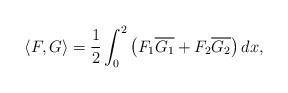
LaTeX: \begin{align*}\langle F, G\rangle = \frac{1}{2}\int_0^2 \big(F_1\overline{G_1}+ F_2\overline{G_2}\big)\,dx,\end{align*}